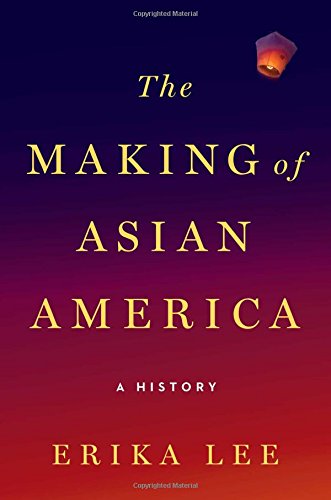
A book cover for The Making of Asian America: A History; Erika Lee; History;